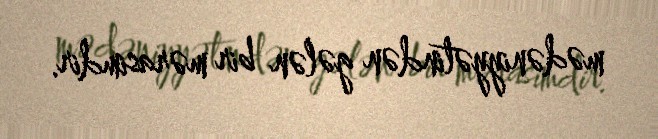
mədəniyyətindən gələn bir mərasimdir.